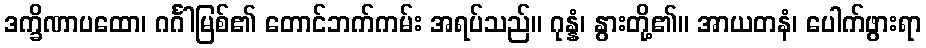
ဒက္ခိဏာပထော၊ ဂင်္ဂါမြစ်၏ တောင်ဘက်ကမ်း အရပ်သည်။ ဂုန္နံ၊ နွားတို့၏။ အာယတနံ၊ ပေါက်ဖွားရာ